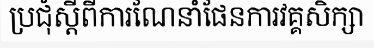
ប្រជុំស្តីពីការណែនាំផែនការវគ្គសិក្សា